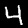
Digit: 4